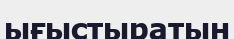
ығыстыратын